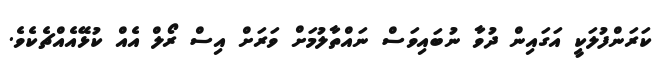
ކަރަންފުލަކީ އަގައިން ދުވާ ނުބައިވަސް ނައްތާލުމަށް ވަރަށް އިސް ރޯލް އެއް ކުޅޭއެއްޗެކެވެ.